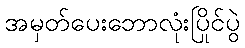
အမှတ်ပေးဘောလုံးပြိုင်ပွဲ